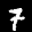
Label: 7